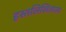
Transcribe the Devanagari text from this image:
हस्तलिखिताला